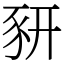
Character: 豜